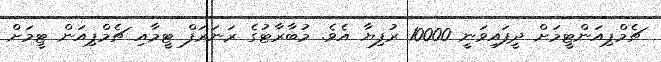
ޗެމްޕިއަންޓީމަށް ދީފައިވަނީ 10000 ރުފިޔާ އެވެ. މުބާރާޓުގެ ރަނަރަފް ޓީމާއި ޗެމްޕިއަން ޓީމަށް